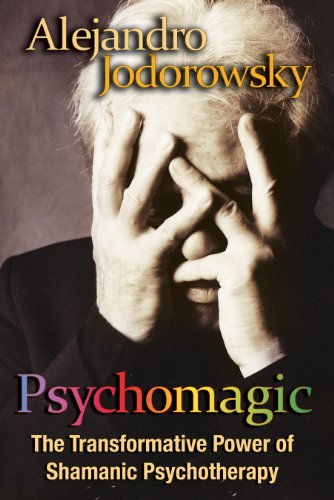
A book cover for Psychomagic: The Transformative Power of Shamanic Psychotherapy; Alejandro Jodorowsky; Religion & Spirituality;